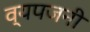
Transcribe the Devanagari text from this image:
व्यपजनी